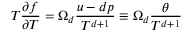
T \frac { \partial f } { \partial T } = \Omega _ { d } \frac { u - d p } { T ^ { d + 1 } } \equiv \Omega _ { d } \frac { \theta } { T ^ { d + 1 } }